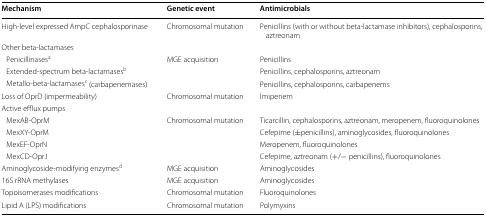
| Mechanism | Genetic event | Antimicrobials |
 | --- | --- | --- |
 | High-level expressed AmpC cephalosporinase | Chromosomal mutation | Penicillins (with or without beta-lactamase inhibitors), cephalosporins, aztreonam |
 | <COLSPAN=3> Other beta-lactamases |
 | Penicillinasesa | MGE acquisition | Penicillins |
 | Extended-spectrum beta-lactamasesb |  | Penicillins, cephalosporins, aztreonam |
 | Metallo-beta-lactamasesc (carbapenemases) |  | Penicillins, cephalosporins, carbapenems |
 | Loss of OprD (impermeability) | Chromosomal mutation | Imipenem |
 | <COLSPAN=3> Active efflux pumps |
 | MexAB-OprM | Chromosomal mutation | Ticarcillin, cephalosporins, aztreonam, meropenem, fluoroquinolones |
 | MexXY-OprM |  | Cefepime (±penicillins), aminoglycosides, fluoroquinolones |
 | MexEF-OprN |  | Meropenem, fluoroquinolones |
 | MexCD-OprJ |  | Cefepime, aztreonam (+/− penicillins), fluoroquinolones |
 | Aminoglycoside-modifying enzymesd | MGE acquisition | Aminoglycosides |
 | 16S rRNA methylases | MGE acquisition | Aminoglycosides |
 | Topoisomerases modifications | Chromosomal mutation | Fluoroquinolones |
 | Lipid A (LPS) modifications | Chromosomal mutation | Polymyxins |